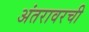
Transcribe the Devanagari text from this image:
अंतरावरची